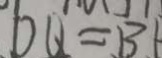
D Q = B 1